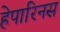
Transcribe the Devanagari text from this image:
हेपारिनस